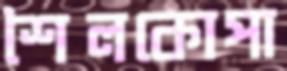
শৈলকোপা